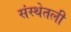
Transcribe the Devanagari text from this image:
संस्थेतली